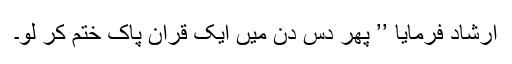
ارشاد فرمایا ’’ پھر دس دن میں ایک قرآنِ پاک ختم کر لو۔